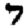
Digit: 7